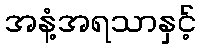
အနံ့အရသာနှင့်